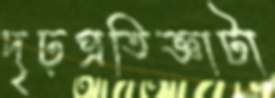
দৃঢ়প্রতিজ্ঞাটা